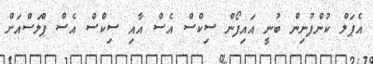
އެޕަލް ކުންފުނިން ބުނީ އައިފޯން ސިކްސް އެސް އާއި ސިކްސް އެސް ޕްލަސްއަށް